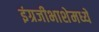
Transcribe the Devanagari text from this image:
इंग्रजीभाशेमध्ये